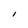
Character: I